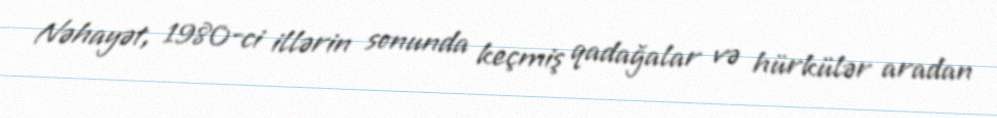
Nəhayət, 1980-ci illərin sonunda keçmiş qadağalar və hürkülər aradan